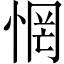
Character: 惘